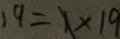
1 9 = 1 \times 1 9